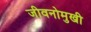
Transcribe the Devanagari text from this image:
जीवनोमुखी